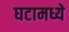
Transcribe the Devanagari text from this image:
घटामध्ये